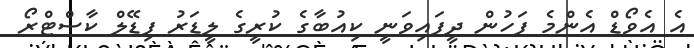
އެ އެވޯޑް އެންމެ ފަހުން ދީފައިވަނީ ކިއުބާގެ ކުރީގެ ލީޑަރު ފިޑޭލް ކާސްޓްރޯ